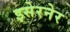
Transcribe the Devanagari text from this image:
इसेरनेर